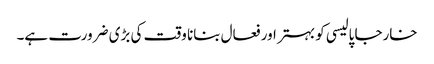
خارجا پالیسی کو بہتر اور فعال بنانا وقت کی بڑی ضرورت ہے۔